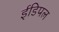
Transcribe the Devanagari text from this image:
ईडिपल